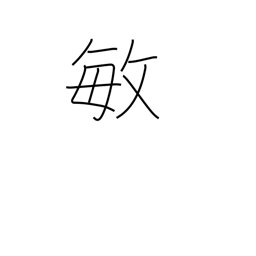
Meaning: alert